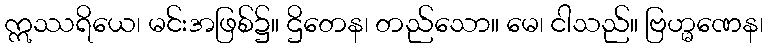
ဣဿရိယေ၊ မင်းအဖြစ်၌။ ဌိတေန၊ တည်သော။ မေ၊ ငါသည်။ ဗြဟ္မဏေန၊